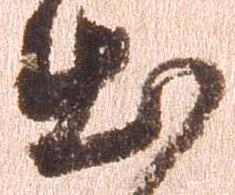
出